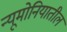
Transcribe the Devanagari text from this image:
न्यूमोनियातील